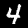
Digit: 4